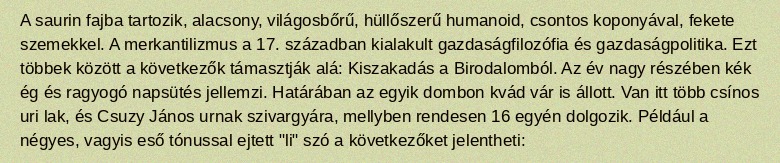
A saurin fajba tartozik, alacsony, világosbőrű, hüllőszerű humanoid, csontos koponyával, fekete szemekkel. A merkantilizmus a 17. században kialakult gazdaságfilozófia és gazdaságpolitika. Ezt többek között a következők támasztják alá: Kiszakadás a Birodalomból. Az év nagy részében kék ég és ragyogó napsütés jellemzi. Határában az egyik dombon kvád vár is állott. Van itt több csínos uri lak, és Csuzy János urnak szivargyára, mellyben rendesen 16 egyén dolgozik. Például a négyes, vagyis eső tónussal ejtett "li" szó a következőket jelentheti: